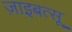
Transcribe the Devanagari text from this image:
ज़ाइबत्सू